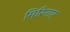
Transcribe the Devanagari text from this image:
मिरिनाए